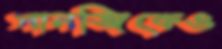
সানজিকেও